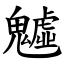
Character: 魖